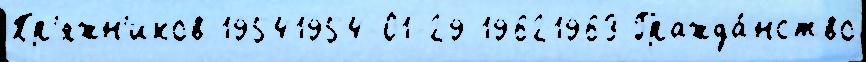
Пр'яжн'иков 19541954-01-29 19621963 Гражда́нство